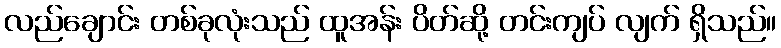
လည်ချောင်း တစ်ခုလုံးသည် ထူအန်း ပိတ်ဆို့ တင်းကျပ် လျက် ရှိသည်။